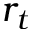
r _ { t }